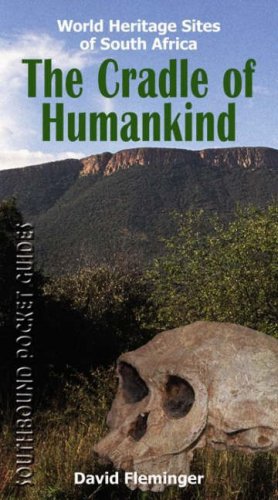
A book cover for The Cradle of Humankind: World Heritage Sites of South Africa (World Heritage Sites of South Africa Travel Guides); David Fleminger; Travel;